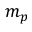
m _ { p }